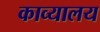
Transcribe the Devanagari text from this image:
काव्यालय